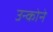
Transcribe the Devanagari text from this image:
उन्कोने